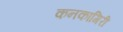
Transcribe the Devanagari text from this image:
कनकागिरी